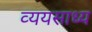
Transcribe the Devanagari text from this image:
व्‍ययसाध्‍य